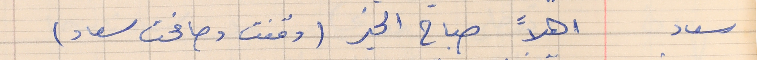
سعاد    اهلاً صباح الخير (وقفت وصافحت سعاد)